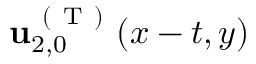
\mathbf { u } _ { 2 , 0 } ^ { \mathrm { ~ ( ~ T ~ ) ~ } } ( x - t , y )